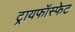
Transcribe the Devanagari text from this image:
ट्रायफॉस्फेट